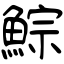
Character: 鯮